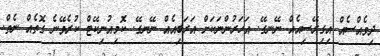
ދިވެއްސެއް އިގިރޭސިއެއް ނޭނގޭ. އަހަރުންނަކަށް އަރަބިއެއް ނޭނގޭ. ކޮމިއުނިކޭޓް ކުރެވޭނެ ގޮތެއް ނެތް.